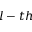
l - t h